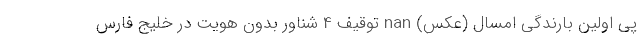
پی اولین بارندگی امسال (عکس) nan توقیف 4 شناور بدون هویت در خلیج فارس